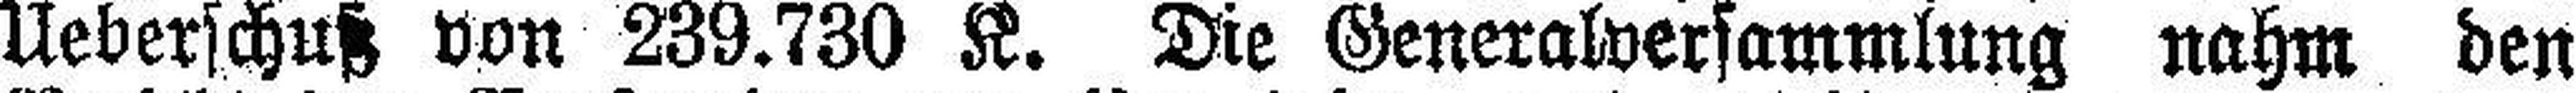
Ueberschuß von 239.730 K. Die Generalversammlung nahm den